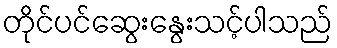
တိုင်ပင်ဆွေးနွေးသင့်ပါသည်